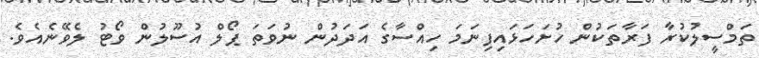
ތަމްސީލުކުރާ ފަރާތަކުން ހުށަހަޅައިފިނަމަ ހިއްސާގެ އަދަދުން ނުވަތަ ޕޯލް އުސޫލުން ވޯޓު ލެވޭނެއެވެ.